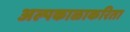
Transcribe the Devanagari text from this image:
अल्पकाळाकरिता